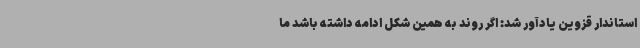
استاندار قزوین یادآور شد: اگر روند به همین شکل ادامه داشته باشد ما